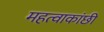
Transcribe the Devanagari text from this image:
महत्वाकांछी